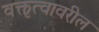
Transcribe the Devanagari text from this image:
वक्तृत्वावरील